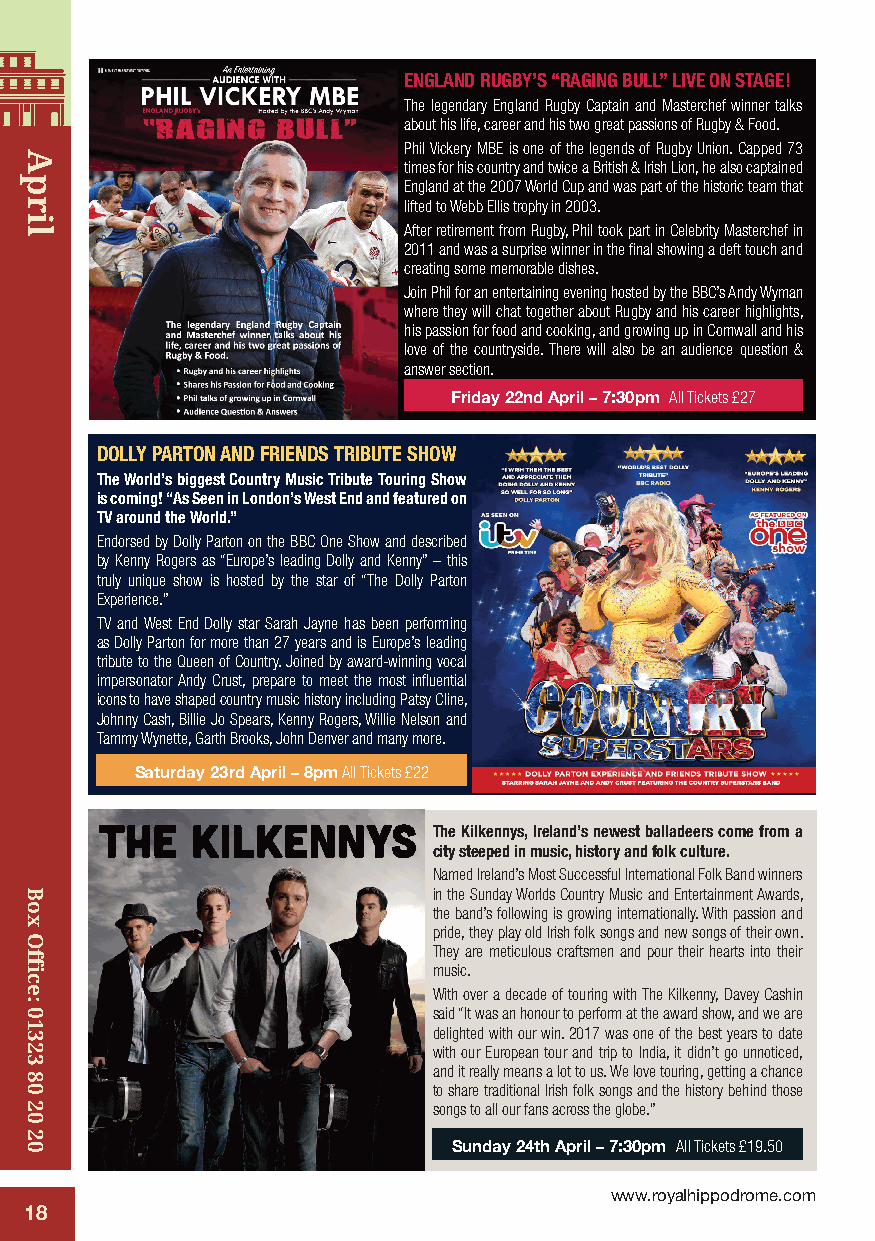
ENGLAND RUGBY’S “RAGING BULL” LIVE ON STAGE!
 The legendary England Rugby Captain and Masterchef winner talks
 about his life, career and his two great passions of Rugby & Food.
 Phil Vickery MBE is one of the legends of Rugby Union. Capped 73
 times for his country and twice a British & Irish Lion, he also captained
 England at the 2007 World Cup and was part of the historic team that
 lifted to Webb Ellis trophy in 2003.
 After retirement from Rugby, Phil took part in Celebrity Masterchef in
 2011 and was a surprise winner in the final showing a deft touch and
 creating some memorable dishes.
 Join Phil for an entertaining evening hosted by the BBC’s Andy Wyman
 where they will chat together about Rugby and his career highlights,
 his passion for food and cooking, and growing up in Cornwall and his
 love of the countryside. There will also be an audience question &
 answer section.
 Friday 22nd April – 7:30pm All Tickets £27
 DOLLY PARTON AND FRIENDS TRIBUTE SHOW
 The World’s biggest Country Music Tribute Touring Show
 is coming! “As Seen in London’s West End and featured on
 TV around the World.”
 Endorsed by Dolly Parton on the BBC One Show and described
 by Kenny Rogers as “Europe’s leading Dolly and Kenny” – this
 truly unique show is hosted by the star of “The Dolly Parton
 Experience.”
 TV and West End Dolly star Sarah Jayne has been performing
 as Dolly Parton for more than 27 years and is Europe’s leading
 tribute to the Queen of Country. Joined by award-winning vocal
 impersonator Andy Crust, prepare to meet the most influential
 icons to have shaped country music history including Patsy Cline,
 Johnny Cash, Billie Jo Spears, Kenny Rogers, Willie Nelson and
 Tammy Wynette, Garth Brooks, John Denver and many more.
 Saturday 23rd April – 8pm All Tickets £22
 The Kilkennys, Ireland’s newest balladeers come from a
 city steeped in music, history and folk culture.
 Named Ireland’s Most Successful International Folk Band winners
 in the Sunday Worlds Country Music and Entertainment Awards,
 the band’s following is growing internationally. With passion and
 pride, they play old Irish folk songs and new songs of their own.
 They are meticulous craftsmen and pour their hearts into their
 music.
 With over a decade of touring with The Kilkenny, Davey Cashin
 said “It was an honour to perform at the award show, and we are
 delighted with our win. 2017 was one of the best years to date
 with our European tour and trip to India, it didn’t go unnoticed,
 and it really means a lot to us. We love touring, getting a chance
 to share traditional Irish folk songs and the history behind those
 songs to all our fans across the globe.”
 Sunday 24th April – 7:30pm All Tickets £19.50
 www.royalhippodrome.com
 18
 April
 Box
 Office:
 01323
 80
 20
 20